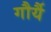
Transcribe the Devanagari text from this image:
गौर्यै